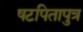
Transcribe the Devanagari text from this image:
षटपितापुत्र